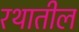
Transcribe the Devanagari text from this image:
रथातील